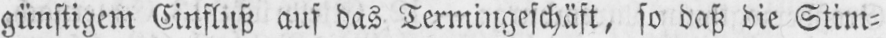
günstigem Einfluß ans das Termingeschäft, so daß die Stim⸗